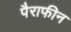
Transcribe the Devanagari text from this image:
पैराफीन